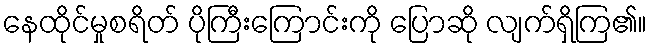
နေထိုင်မှုစရိတ် ပိုကြီးကြောင်းကို ပြောဆို လျက်ရှိကြ၏။